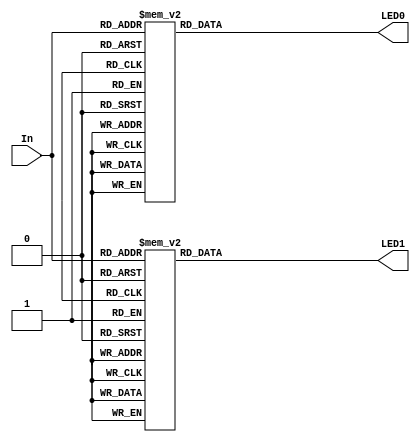
module project_5(input [3:0] In, output LED0, output LED1);
    
    reg LED0, LED1;
    
    always@(*)
    begin
        case({In[3],In[2],In[1],In[0]})
            4'b0000: LED0 = 0;
            4'b0001: LED0 = 0;
            4'b0010: LED0 = 0;
            4'b0011: LED0 = 1;
            4'b0100: LED0 = 0;
            4'b0101: LED0 = 0;
            4'b0110: LED0 = 1;
            4'b0111: LED0 = 0;
            4'b1000: LED0 = 0;
            4'b1001: LED0 = 1;
            4'b1010: LED0 = 0;
            4'b1011: LED0 = 0;
            4'b1100: LED0 = 1;
            4'b1101: LED0 = 0;
            4'b1110: LED0 = 0;
            4'b1111: LED0 = 1;
        endcase
        case({In[3],In[2],In[1],In[0]})
            4'b0000: LED1 = 0;
            4'b0001: LED1 = 0;
            4'b0010: LED1 = 1;
            4'b0011: LED1 = 0;
            4'b0100: LED1 = 1;
            4'b0101: LED1 = 0;
            4'b0110: LED1 = 1;
            4'b0111: LED1 = 0;
            4'b1000: LED1 = 1;
            4'b1001: LED1 = 0;
            4'b1010: LED1 = 1;
            4'b1011: LED1 = 0;
            4'b1100: LED1 = 1;
            4'b1101: LED1 = 0;
            4'b1110: LED1 = 1;
            4'b1111: LED1 = 0;
        endcase
    end
endmodule